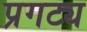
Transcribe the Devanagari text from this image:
प्रगट्य